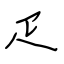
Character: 疋